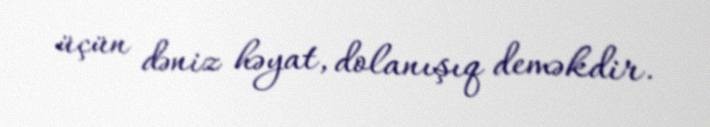
üçün dəniz həyat, dolanışıq deməkdir.